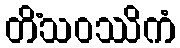
တိံသဝဿိကံ